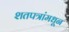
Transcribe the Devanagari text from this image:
शतपत्रांमधून